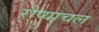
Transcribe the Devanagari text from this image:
रौप्याचल